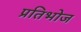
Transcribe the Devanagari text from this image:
प्रतिभोज